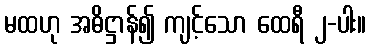
မထဟု အဓိဋ္ဌာန်၍ ကျင့်သော ထေရီ ၂-ပါး။